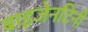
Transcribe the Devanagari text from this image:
बाइजेनटिनी